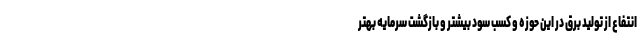
انتفاع از تولید برق در این حوزه و کسب سود بیشتر و بازگشت سرمایه بهتر